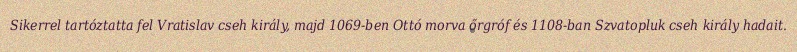
Sikerrel tartóztatta fel Vratislav cseh király, majd 1069-ben Ottó morva őrgróf és 1108-ban Szvatopluk cseh király hadait.